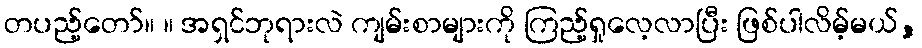
တပည့်တော်။ ။ အရှင်ဘုရားလဲ ကျမ်းစာများကို ကြည့်ရှုလေ့လာပြီး ဖြစ်ပါလိမ့်မယ်,